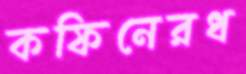
কফিনেরধ